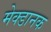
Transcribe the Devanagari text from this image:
मेक्डानक